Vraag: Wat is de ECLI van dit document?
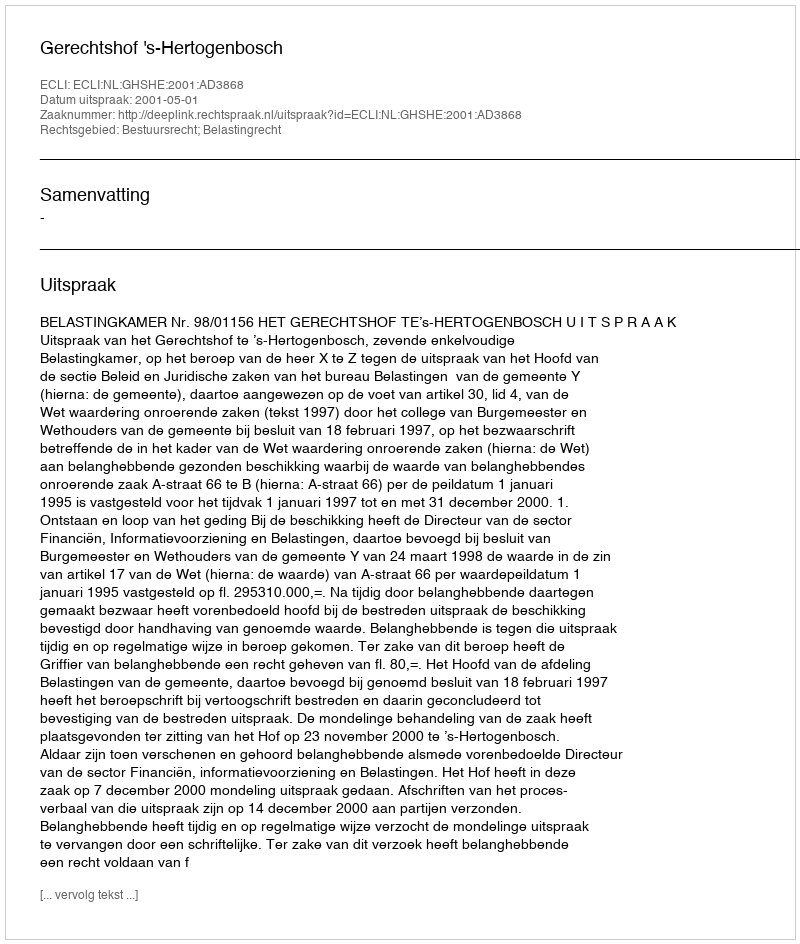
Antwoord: ECLI:NL:GHSHE:2001:AD3868